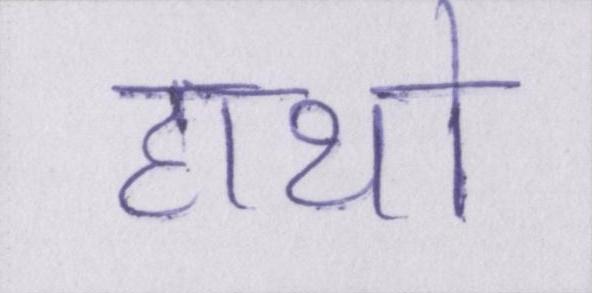
हाथो